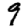
Digit: 9